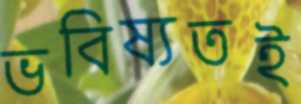
ভবিষ্যতই